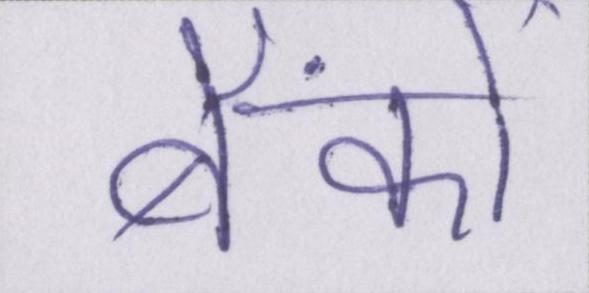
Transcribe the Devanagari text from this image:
बैंकों